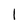
Character: l